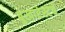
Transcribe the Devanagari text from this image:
बुखारेस्टचे